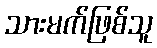
သားမက်ဖြစ်သူ